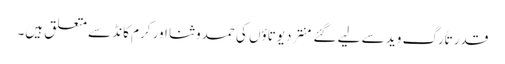
قدرتاً رگ وید سے لیے گئے منتر دیوتاؤں کی حمدوثنا اور کرم کانڈ سے متعلق ہیں۔